Lunatic asylums Central Provinces reports 1874-1885 - 1874-1885
Year: 1874
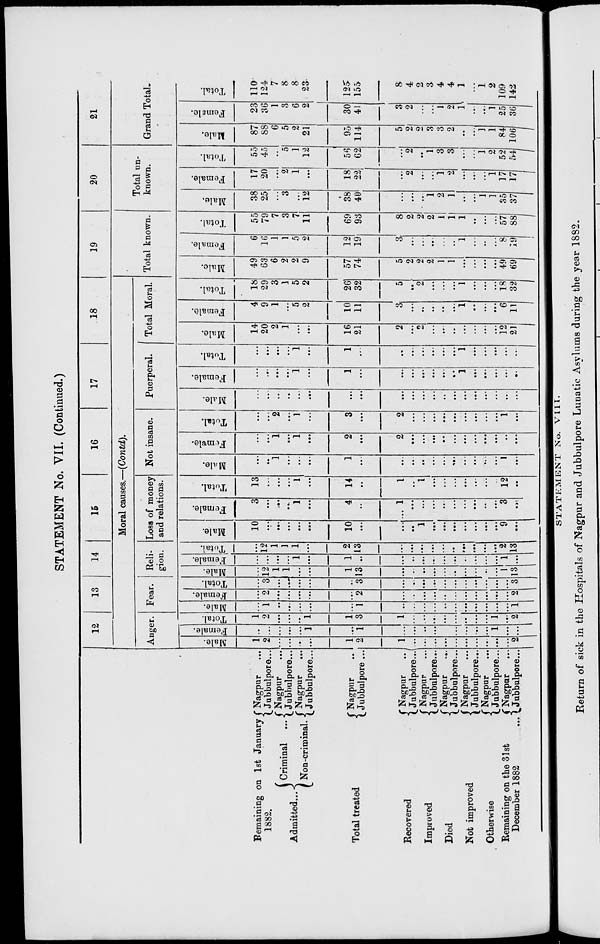
STATEMENT No. VII. (Continued.)
Remaining on 1st January
1882.
Admitted...
Criminal ...
Non-criminal ...
Total treated
Recovered
Improved
Died
Not improved
Otherwise
Remaining on the 31st
December 1882 ...
Nagpur ...
Jubbulpore...
Nagpur ...
Jubbulpore ...
Nagpur ...
Jubbulpore...
Nagpur ...
Jubbulpore ...
Nagpur ...
Jubbulpore ...
Nagpur ...
Jubbulpore ...
Nagpur ...
Jubblupore ...
Nagpur ...
Jubbulpore ...
Nagpur ...
Jubbulpore...
Nagpur ...
Jubbulpore...
12
13
14
15
16
17
18
Moral causes.—(Contd).
Anger.
Male.
1
2
...
...
...
...
1
2
1
...
...
...
...
...
...
...
...
...
...
2
Female.
...
...
...
...
...
1
...
1
...
...
...
...
...
...
...
...
...
1
...
...
Total.
1
2
...
...
...
1
1
3
1
...
...
...
...
...
...
...
...
1
...
2
Fear.
Male.
...
1
...
...
...
...
...
1
...
...
...
...
...
...
...
...
...
...
...
1
Female.
...
2
...
...
...
...
...
2
...
...
...
...
...
...
...
...
...
...
...
2
Total.
...
3
...
...
...
...
...
3
...
...
...
...
...
...
...
...
...
...
...
3
Reli-
gion.
Male.
...
12
1
1
...
...
1
13
...
...
...
...
...
...
...
...
...
...
1
13
Female.
...
...
...
...
1
...
1
...
...
...
...
...
...
...
...
...
...
...
1
...
Total.
...
12
1
1
1
...
2
13
...
...
...
...
...
...
...
...
...
...
2
13
Loss of money
and relations.
Male.
10
...
...
...
...
...
10
...
...
...
1
...
...
...
...
...
...
...
9
...
Female.
3
...
...
...
1
...
4
...
1
...
...
...
...
...
...
...
...
...
3
...
Total.
13
...
...
...
1
...
14
...
1
...
1
...
...
...
...
...
...
...
12
...
Not insane.
Male.
...
...
1
...
...
...
1
...
...
...
...
...
...
...
...
...
...
...
1
...
Female.
...
...
1
...
1
...
2
...
2
...
...
...
...
...
...
...
...
...
...
...
Total.
...
...
2
...
1
...
3
...
2
...
...
...
...
...
...
...
...
...
1
...
Puerperal.
Male.
...
...
...
...
...
...
...
...
...
...
...
...
...
...
...
...
...
...
...
...
Female.
...
...
...
...
1
...
1
...
...
...
...
...
...
...
1
...
...
...
...
...
Total.
...
...
...
...
1
...
1
...
...
...
...
...
...
...
1
...
...
...
...
...
Total Moral.
Male.
14
20
2
1
...
...
16
21
2
...
2
...
...
...
...
...
...
...
12
21
Female.
4
9
1
...
5
2
10
11
3
...
...
...
...
...
1
...
...
...
6
11
Total.
18
29
3
1
5
2
26
32
5
...
2
...
...
...
1
...
...
...
18
32
19
Total known.
Male.
49
63
6
2
2
9
57
74
5
2
2
2
1
1
...
...
...
...
49
69
Female.
6
16
1
1
5
2
12
19
3
...
...
...
...
...
1
...
...
...
8
19
Total.
55
79
7
3
7
11
69
93
8
2
2
2
1
1
1
...
...
...
57
88
20
Total un-
known.
Male.
38
25
...
3
...
12
38
40
...
...
...
1
2
1
...
...
1
1
35
1
Female.
17
20
...
2
1
...
18
22
...
2
...
...
1
2
...
...
...
1
17
17
Total.
55
45
...
5
1
12
56
62
...
2
...
1
3
3
...
...
1
2
52
54
21
Grand Total.
Male.
87
88
6
5
2
21
95
114
5
2
2
3
3
2
...
...
1
1
84
106
Female.
23
36
1
3
6
2
30
41
3
2
...
...
1
2
1
...
...
1
25
36
Total.
110
124
7
8
8
23
125
155
8
4
2
3
4
4
1
...
1
2
109
142